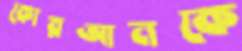
কোরআনকে